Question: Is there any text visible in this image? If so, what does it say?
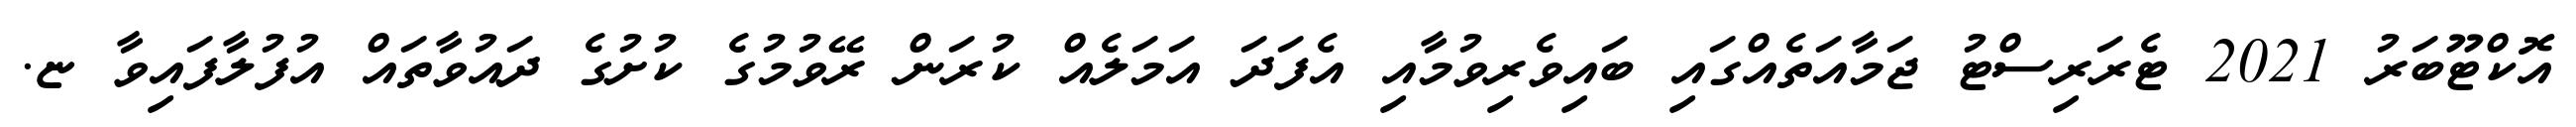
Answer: އޮކްޓޫބަރު 2021 ޓެރަރިސްޓު ޖަމާއަތެއްގައި ބައިވެރިވުމާއި އެފަދަ އަމަލެއް ކުރަން ރޭވުމުގެ ކުށުގެ ދައުވާތައް އުފުލާފައިވާ ޏ.